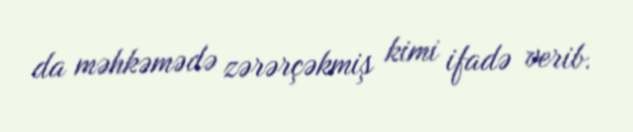
da məhkəmədə zərərçəkmiş kimi ifadə verib.